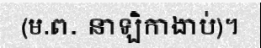
(ម.ព. នាឡិកាងាប់)។